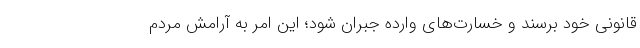
قانونی خود برسند و خسارت‌های وارده جبران شود؛ این امر به آرامش مردم